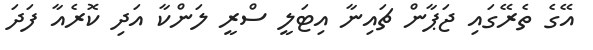
އޭގެ ތެރޭގައި ޖަޕާން ޗައިނާ އިޓަލީ ސްރީ ލަންކާ އަދި ކޮރެއާ ފަދަ